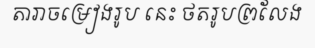
តារាចម្រៀងរូប នេះ ថតរូបព្រលែង